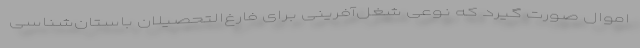
اموال صورت گیرد که نوعی شغل‌آفرینی برای فارغ‌التحصیلان باستان‌شناسی